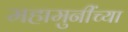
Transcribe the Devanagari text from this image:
महामुनींच्या